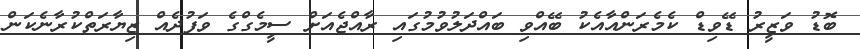
ބޮޑު ވަޒީރު ޑޭވިޑް ކެމެރަންއާއެކު ބޭއްވި ބައްދަލުވުމުގައި ރާއްޖެއަށް ސީމެގްގެ ވަފުދެއް ޒިޔާރަތްކުރާނެކަން